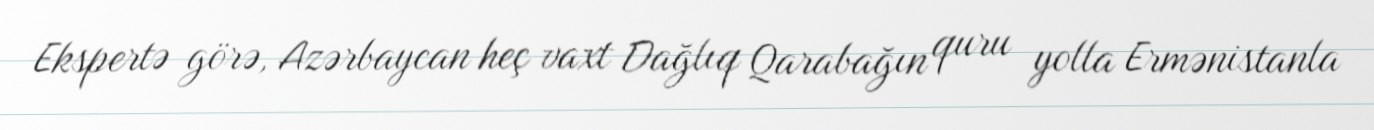
Ekspertə görə, Azərbaycan heç vaxt Dağlıq Qarabağın quru yolla Ermənistanla